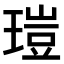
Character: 𤧸